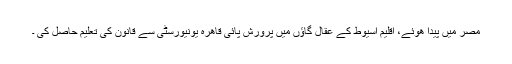
مصر میں پیدا ھوئے، اقلیم اسیوط کے عقال گاؤں میں پرورش پائی قاھرہ یونیورسٹی سے قانون کی تعلیم حاصل کی ۔